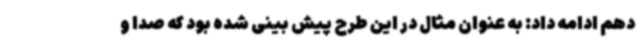
دهم ادامه داد: به عنوان مثال در این طرح پیش بینی شده بود که صدا و